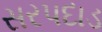
સરપદાડ